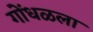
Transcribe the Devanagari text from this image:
गोंधळला